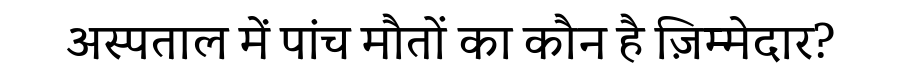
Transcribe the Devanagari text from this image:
अस्पताल में पांच मौतों का कौन है ज़िम्मेदार?